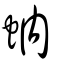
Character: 蚋